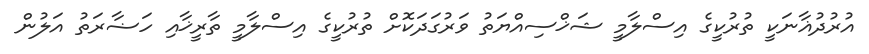
އުރުދުޣާނަކީ ތުރުކީގެ އިސްލާމީ ޝަޚްސިއްޔަތު ވަރުގަދަކޮށް ތުރުކީގެ އިސްލާމީ ތާރީޚާއި ހަޟާރަތު އަލުން